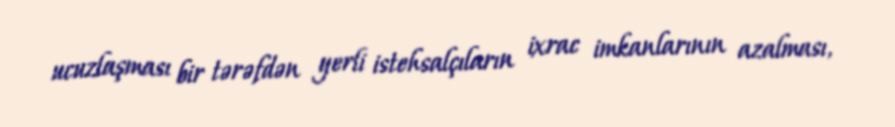
ucuzlaşması bir tərəfdən yerli istehsalçıların ixrac imkanlarının azalması,